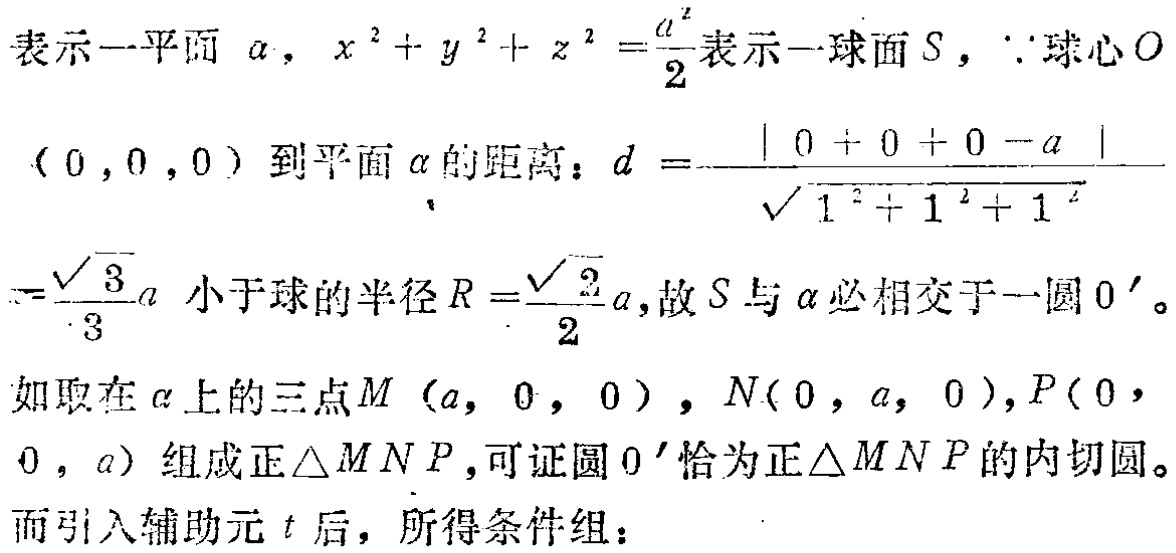
表示一平面$\alpha$，$x^{2}+y^{2}+z^{2}=\frac{a^{2}}{2}$表示一球面$S$，$\because$球心$O$

$(0,0,0)$到平面$\alpha$的距离：$d = \frac{\vert 0 + 0 + 0 - a\vert}{\sqrt{1^{2}+1^{2}+1^{2}}}$

$=\frac{\sqrt{3}}{3}a$小于球的半径$R = \frac{\sqrt{2}}{2}a$，故$S$与$\alpha$必相交于一圆$O'$。

如取在$\alpha$上的三点$M(a,0,0)$，$N(0,a,0)$，$P(0,0,a)$组成正$\triangle MNP$，可证圆$O'$恰为正$\triangle MNP$的内切圆。

而引入辅助元$t$后，所得条件组：